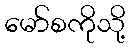
မော်စကိုသို့